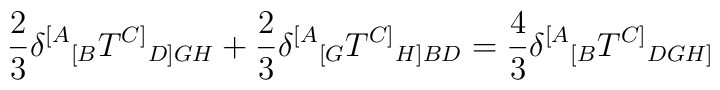
{2\over 3}\delta^{[A}{}_{[B} T^{C]}{}_{D]GH}+{2\over 3}\delta^{[A}{}_{[G} T^{C]}{}_{H]BD}=\frac{4}{3} \delta^{[A}{}_{[B} T^{C]}{}_{DGH]}